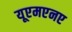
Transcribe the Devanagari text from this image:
यूएमएनए